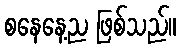
စနေနေ့ည ဖြစ်သည်။